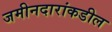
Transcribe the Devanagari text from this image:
जमीनदारांकडील